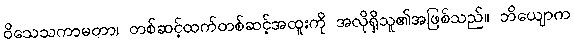
ဝိသေသကာမတာ၊ တစ်ဆင့်ထက်တစ်ဆင့်အထူးကို အလိုရှိသူ၏အဖြစ်သည်။ ဘိယျောက